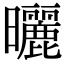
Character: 曬